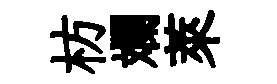
枋斕萊